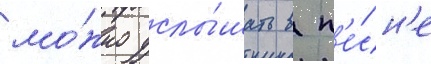
мо́жно услы́шать в п'е́сн'е